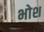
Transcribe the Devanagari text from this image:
भोश